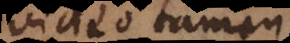
video tam